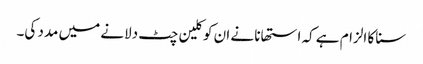
سنا کا الزام ہے کہ استھانا نے ان کو کلین چٹ دلانے میں مدد کی۔